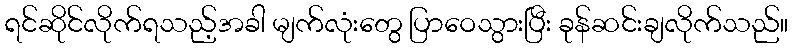
ရင်ဆိုင်လိုက်ရသည့်အခါ မျက်လုံးတွေ ပြာဝေသွားပြီး ခုန်ဆင်းချလိုက်သည်။